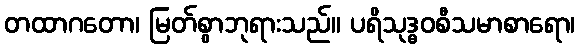
တထာဂတော၊ မြတ်စွာဘုရားသည်။ ပရိသုဒ္ဓဝစီသမာစာရော၊